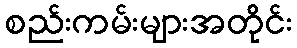
စည်းကမ်းများအတိုင်း